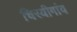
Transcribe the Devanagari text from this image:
चिरयीगांव